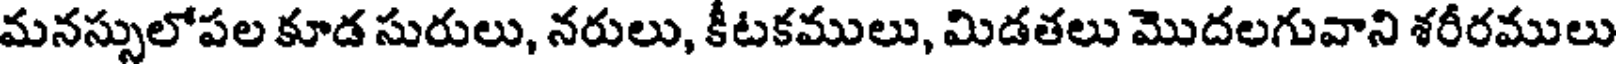
మనస్సులోపల కూడ సురులు, నరులు, కీటకములు, మిడతలు మొదలగువాని శరీరములు